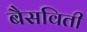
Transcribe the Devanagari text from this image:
बैसविती